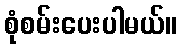
စုံစမ်းပေးပါမယ်။